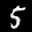
Label: 5